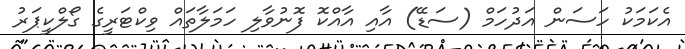
އެކަމަކު ހަސަން އަދުހަމް (ސަޑޭ) އާއި އާއްކޮ ފޮނުވާލި ހަމަލާތައް ވިކްޓަރީގެ ގޯލްކީޕަރު